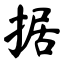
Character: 据